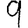
Digit: 9